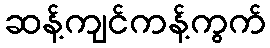
ဆန့်ကျင်ကန့်ကွက်